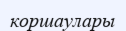
коршаулары